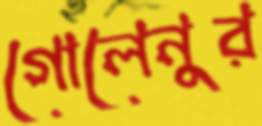
গোলেনুর